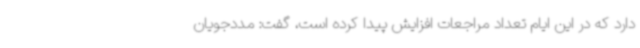
دارد که در این ایام تعداد مراجعات افزایش پیدا کرده است، گفت: مددجویان